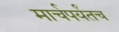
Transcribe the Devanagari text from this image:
मार्चपर्यंतच